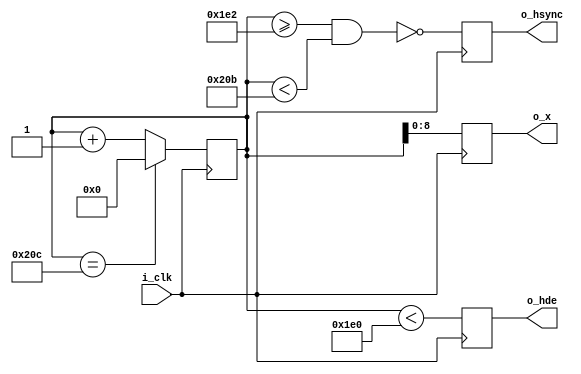
module hsync (
    input  i_clk,
    output reg o_hsync,
    output reg o_hde,
    output reg [8:0] o_x
);


localparam hactive      = 480;
localparam hback_porch  = 2;
localparam hsync_len    = 41;
localparam hfront_porch = 2;

localparam maxcount  = hactive + hfront_porch + hsync_len + hback_porch;
localparam syncstart = hactive + hfront_porch;
localparam syncend   = syncstart + hsync_len;

reg [9:0] counter = 0;

always @(posedge i_clk) begin
    if (counter == maxcount - 1)
        counter <= 0;
    else
        counter <= counter + 1'b1;

    o_hsync <= ~(counter >= syncstart & counter < syncend);
    o_x     <= counter[8:0];
    o_hde   <= (counter < hactive);
end

endmodule